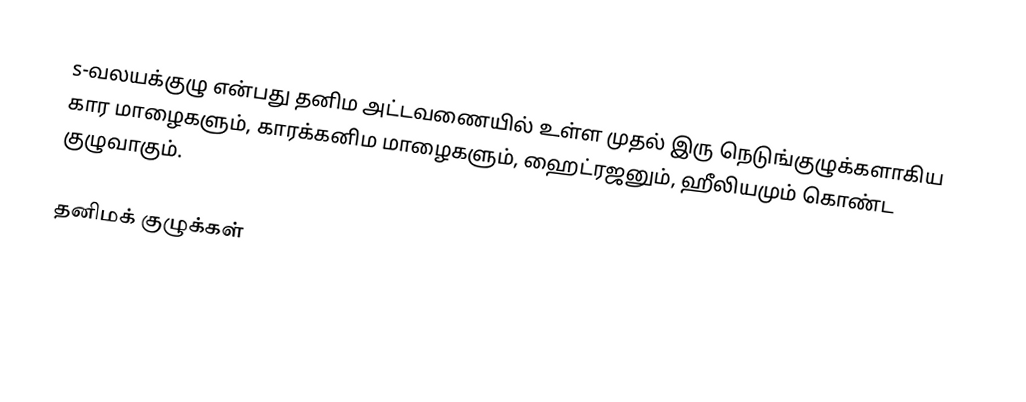
s-வலயக்குழு என்பது தனிம அட்டவணையில் உள்ள முதல் இரு நெடுங்குழுக்களாகிய கார மாழைகளும், காரக்கனிம மாழைகளும், ஹைட்ரஜனும், ஹீலியமும் கொண்ட குழுவாகும்.

தனிமக் குழுக்கள்